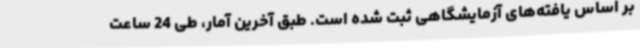
بر اساس یافته‌های آزمایشگاهی ثبت شده است. طبق آخرین آمار، طی 24 ساعت